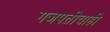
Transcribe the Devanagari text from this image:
गजपतीचाही